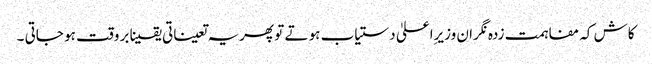
کاش کہ مفاہمت زدہ نگران وزیرِاعلیٰ دستیاب ہو تے تو پھریہ تعیناتی یقینا بر وقت ہو جاتی ۔